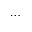
\cdots